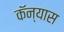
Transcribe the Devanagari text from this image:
कॅन्यास